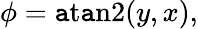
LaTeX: \phi=\operatorname{\mathtt{a}t\mathtt{a}n2}(y,x),